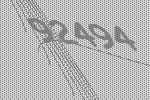
92494